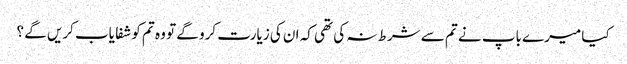
کیا میرے باپ نے تم سے شرط نہ کی تھی کہ ان کی زیارت کرو گے تو وہ تم کو شفا یاب کریں گے ؟